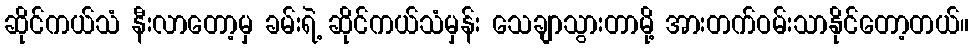
ဆိုင်ကယ်သံ နီးလာတော့မှ ခမ်းရဲ့ ဆိုင်ကယ်သံမှန်း သေချာသွားတာမို့ အားတက်ဝမ်းသာနိုင်တော့တယ်။